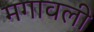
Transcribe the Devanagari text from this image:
मगावली